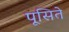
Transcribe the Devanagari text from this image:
पूसिते